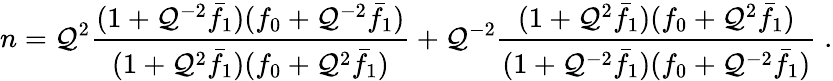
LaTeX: n=\mathcal{Q}^{2}\frac{{(1+\mathcal{Q}^{-2}\bar{{f}}_{1})(f_{0}+\mathcal{Q}^{-2}\bar{{f}}_{1})}}{{(1+\mathcal{Q}^{2}\bar{{f}}_{1})(f_{0}+\mathcal{Q}^{2}\bar{{f}}_{1})}}+\mathcal{Q}^{-2}\frac{{(1+\mathcal{Q}^{2}\bar{{f}}_{1})(f_{0}+\mathcal{Q}^{2}\bar{{f}}_{1})}}{{(1+\mathcal{Q}^{-2}\bar{{f}}_{1})(f_{0}+\mathcal{Q}^{-2}\bar{{f}}_{1})}}\; .